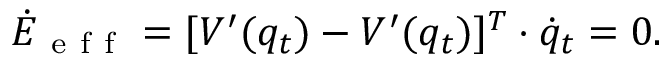
\dot { E } _ { \mathrm { ~ e ~ f ~ f ~ } } = [ V ^ { \prime } ( q _ { t } ) - V ^ { \prime } ( q _ { t } ) ] ^ { T } \cdot \dot { q } _ { t } = 0 .